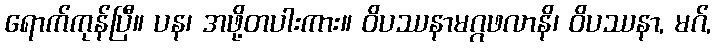
ရောက်ကုန်ပြီ။ ပန၊ အဖို့တပါးကား။ ဝိပဿနာမဂ္ဂဖလာနိ၊ ဝိပဿနာ, မဂ်,